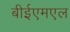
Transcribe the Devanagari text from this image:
बीईएमएल